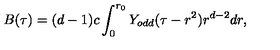
B ( \tau ) = ( d - 1 ) c \int _ { 0 } ^ { r _ { 0 } } Y _ { o d d } ( \tau - r ^ { 2 } ) r ^ { d - 2 } d r ,